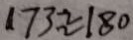
1 7 3 \approx 1 8 0